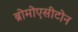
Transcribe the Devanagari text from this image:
ब्रोमोएसीटोन